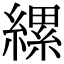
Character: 縲